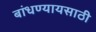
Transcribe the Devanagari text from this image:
बांधण्यायसाठी